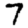
Digit: 7